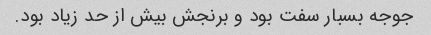
جوجه بسبار سفت بود و برنجش بیش از حد زیاد بود.